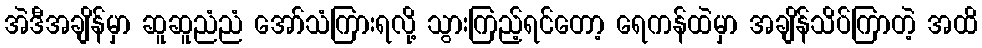
အဲဒီအချိန်မှာ ဆူဆူညံညံ အော်သံကြားရလို့ သွားကြည့်ရင်တော့ ရေကန်ထဲမှာ အချိန်သိပ်ကြာတဲ့ အထိ